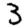
Digit: 3